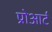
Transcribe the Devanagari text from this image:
प्रोआर्ट